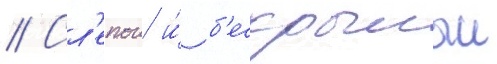
// Сл'епои и́ б'ескрылыи